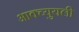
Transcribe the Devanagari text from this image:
आक्च्युयली